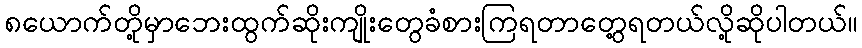
၈ယောက်တို့မှာဘေးထွက်ဆိုးကျိုးတွေခံစားကြရတာတွေ့ရတယ်လို့ဆိုပါတယ်။